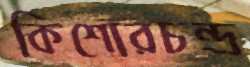
কিশোরচন্দ্র